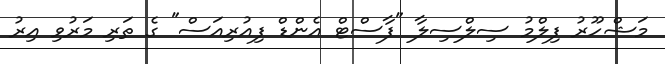
މަޝްހޫރު ފިލްމު ސިލްސިލާ "ފާސްޓް އެންޑް ފިއުރިއަސް" ގެ ތަރި މަރުވި އިރު